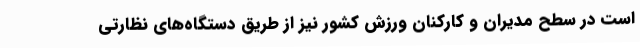
است در سطح مدیران و کارکنان ورزش کشور نیز از طریق دستگاه‌های نظارتی